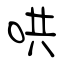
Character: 哄